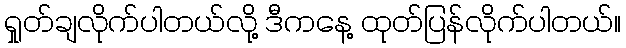
ရှုတ်ချလိုက်ပါတယ်လို့ ဒီကနေ့ ထုတ်ပြန်လိုက်ပါတယ်။